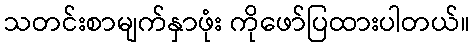
သတင်းစာမျက်နှာဖုံး ကိုဖော်ပြထားပါတယ်။